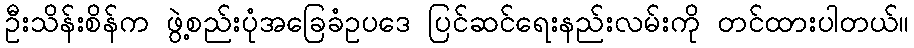
ဦးသိန်းစိန်က ဖွဲ့စည်းပုံအခြေခံဥပဒေ ပြင်ဆင်ရေးနည်းလမ်းကို တင်ထားပါတယ်။